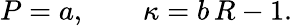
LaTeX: P=a,\qquad\kappa=b\, R-1.